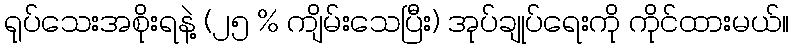
ရုပ်သေးအစိုးရနဲ့ (၂၅ % ကျိမ်းသေပြီး) အုပ်ချုပ်ရေးကို ကိုင်ထားမယ်။